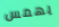
يهمس